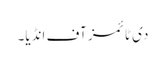
دی ٹائمز آف انڈیا۔